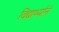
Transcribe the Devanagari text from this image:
विद्यार्थ्यानं